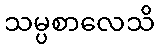
သမ္ပစာလေသိ